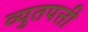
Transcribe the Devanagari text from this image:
व्युतपत्ती